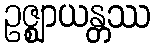
ဥဇ္ဈာယန္တဿ